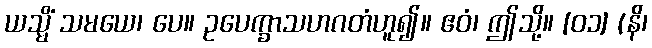
ယသ္မိံ သမယေ၊ ပေ။ ဥပေက္ခာသဟဂတံဟူ၍။ ဧဝံ၊ ဤသို့။ [၀၁] (နိ၊